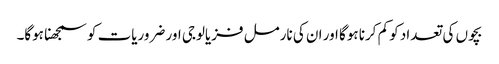
بچوں‌ کی تعداد کو کم کرنا ہوگا اور ان کی نارمل فزیالوجی اور ضروریات کو سمجھنا ہوگا۔